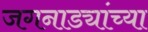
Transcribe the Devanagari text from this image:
जगनाड्यांच्या